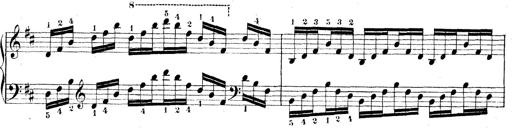
Title: Technische Studien
Composer: Franz Liszt